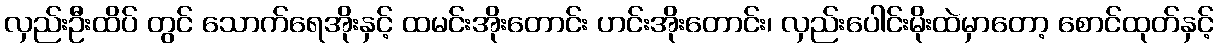
လှည်းဦးထိပ် တွင် သောက်ရေအိုးနှင့် ထမင်းအိုးတောင်း ဟင်းအိုးတောင်း၊ လှည်းပေါင်းမိုးထဲမှာတော့ စောင်ထုတ်နှင့်